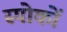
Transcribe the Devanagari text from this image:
स्पोकों